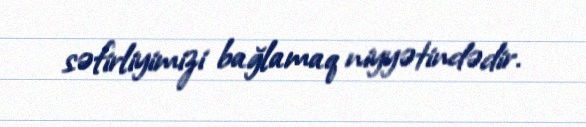
səfirliyimizi bağlamaq niyyətindədir.